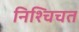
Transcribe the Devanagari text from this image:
निश्चिचत